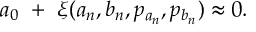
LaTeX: a _ { 0 } \, \, + \, \, \xi ( a _ { n } , b _ { n } , p _ { a _ { n } } , p _ { b _ { n } } ) \approx 0 .